Subject: math
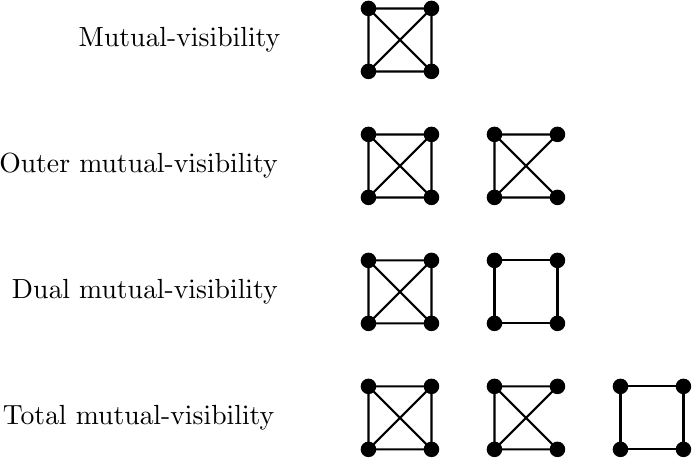
LaTeX code:
\begin{tikzpicture}[scale=0.4,style=thick,x=1cm,y=1cm]
\def\vr{6pt}

\begin{scope} %mutual
\coordinate(a) at (0,14);
\coordinate(b) at (2,14);
\coordinate(c) at (2,12);
\coordinate(d) at (0,12);
\draw (a) -- (b) -- (c) -- (d) -- (a) -- (c) -- (b) -- (d);

\draw(a)[fill=black] circle(\vr);
\draw(b)[fill=black] circle(\vr);
\draw(c)[fill=black] circle(\vr);
\draw(d)[fill=black] circle(\vr);
\node at (-6,13) {Mutual-visibility};
\end{scope}
\begin{scope} %outer
\coordinate(a) at (0,10);
\coordinate(b) at (2,10);
\coordinate(c) at (2,8);
\coordinate(d) at (0,8);
\coordinate(e) at (4,10);
\coordinate(f) at (6,10);
\coordinate(g) at (6,8);
\coordinate(h) at (4,8);
\draw (a) -- (b) -- (c) -- (d) -- (a) -- (c) -- (b) -- (d);
\draw (e) -- (h) -- (g) -- (e) -- (f) -- (h);

\draw(a)[fill=black] circle(\vr);
\draw(b)[fill=black] circle(\vr);
\draw(c)[fill=black] circle(\vr);
\draw(d)[fill=black] circle(\vr);
\draw(e)[fill=black] circle(\vr);
\draw(f)[fill=black] circle(\vr);
\draw(g)[fill=black] circle(\vr);
\draw(h)[fill=black] circle(\vr);
\node at (-7.3,9) {Outer mutual-visibility};
\end{scope}
\begin{scope} %dual
\coordinate(a) at (0,6);
\coordinate(b) at (2,6);
\coordinate(c) at (2,4);
\coordinate(d) at (0,4);
\coordinate(e) at (4,6);
\coordinate(f) at (6,6);
\coordinate(g) at (6,4);
\coordinate(h) at (4,4);
\draw (a) -- (b) -- (c) -- (d) -- (a) -- (c) -- (b) -- (d);
\draw (e) -- (f) -- (g) -- (h) -- (e);

\draw(a)[fill=black] circle(\vr);
\draw(b)[fill=black] circle(\vr);
\draw(c)[fill=black] circle(\vr);
\draw(d)[fill=black] circle(\vr);
\draw(e)[fill=black] circle(\vr);
\draw(f)[fill=black] circle(\vr);
\draw(g)[fill=black] circle(\vr);
\draw(h)[fill=black] circle(\vr);
\node at (-7.1,5) {Dual mutual-visibility};
\end{scope}

\begin{scope} %total
\coordinate(a) at (0,2);
\coordinate(b) at (2,2);
\coordinate(c) at (2,0);
\coordinate(d) at (0,0);
\coordinate(e) at (4,2);
\coordinate(f) at (6,2);
\coordinate(g) at (6,0);
\coordinate(h) at (4,0);
\coordinate(i) at (8,2);
\coordinate(l) at (10,2);
\coordinate(m) at (10,0);
\coordinate(n) at (8,0);
\draw (a) -- (b) -- (c) -- (d) -- (a) -- (c) -- (b) -- (d);
\draw (e) -- (h) -- (g) -- (e) -- (f) -- (h);
\draw (i) -- (l) -- (m) -- (n) -- (i);

\draw(a)[fill=black] circle(\vr);
\draw(b)[fill=black] circle(\vr);
\draw(c)[fill=black] circle(\vr);
\draw(d)[fill=black] circle(\vr);
\draw(e)[fill=black] circle(\vr);
\draw(f)[fill=black] circle(\vr);
\draw(g)[fill=black] circle(\vr);
\draw(h)[fill=black] circle(\vr);
\draw(i)[fill=black] circle(\vr);
\draw(l)[fill=black] circle(\vr);
\draw(m)[fill=black] circle(\vr);
\draw(n)[fill=black] circle(\vr);
\node at (-7.3,1) {Total mutual-visibility};
\end{scope}
\end{tikzpicture}